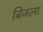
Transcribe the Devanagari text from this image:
बिजंला